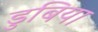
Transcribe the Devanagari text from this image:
डुबिया